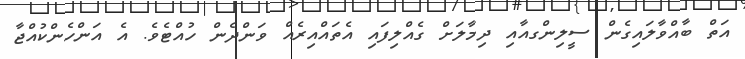
އަތް ބާއްވާލައިގެން ސީލިންގއާއި ދިމާލަށް ގެއްލިފައި އެތައްއިރެއް ވަންދެން ހުއްޓެވެ. އެ އަންހެންކުއްޖާ